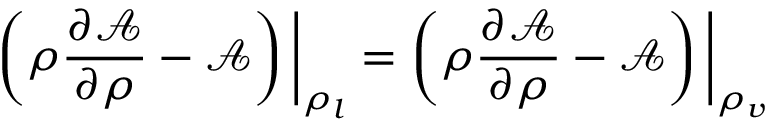
\left( \rho \frac { \partial \mathcal { A } } { \partial \rho } - \mathcal { A } \right) \bigg \vert _ { \rho _ { l } } = \left( \rho \frac { \partial \mathcal { A } } { \partial \rho } - \mathcal { A } \right) \bigg \vert _ { \rho _ { v } }